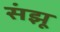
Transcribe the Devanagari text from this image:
संझू